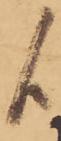
候